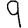
Digit: 9